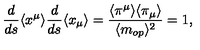
\frac { d } { d s } \langle x ^ { \mu } \rangle \frac { d } { d s } \langle x _ { \mu } \rangle = \frac { \langle \pi ^ { \mu } \rangle \langle \pi _ { \mu } \rangle } { \langle m _ { o p } \rangle ^ { 2 } } = 1 ,